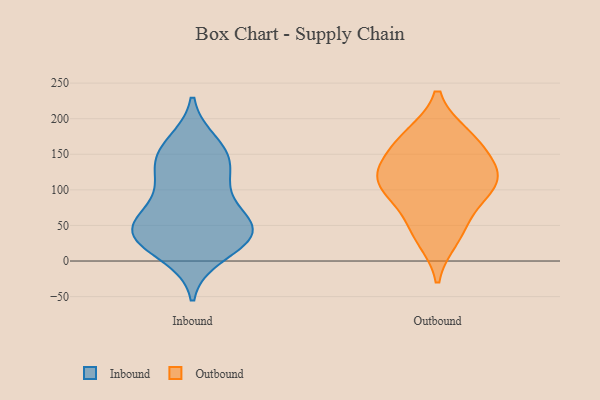
{"axis": {"x": "Demand Index", "y": "Value"}, "legend": ["Inbound", "Outbound"], "data": [{"x": "", "y": 150, "type": "Inbound"}, {"x": "", "y": 102, "type": "Inbound"}, {"x": "", "y": 46, "type": "Inbound"}, {"x": "", "y": 28, "type": "Inbound"}, {"x": "", "y": 36, "type": "Inbound"}, {"x": "", "y": 45, "type": "Inbound"}, {"x": "", "y": 101, "type": "Inbound"}, {"x": "", "y": 39, "type": "Inbound"}, {"x": "", "y": 48, "type": "Inbound"}, {"x": "", "y": 56, "type": "Inbound"}, {"x": "", "y": 10, "type": "Inbound"}, {"x": "", "y": 164, "type": "Inbound"}, {"x": "", "y": 145, "type": "Inbound"}, {"x": "", "y": 137, "type": "Inbound"}, {"x": "", "y": 123, "type": "Outbound"}, {"x": "", "y": 175, "type": "Outbound"}, {"x": "", "y": 108, "type": "Outbound"}, {"x": "", "y": 90, "type": "Outbound"}, {"x": "", "y": 50, "type": "Outbound"}, {"x": "", "y": 33, "type": "Outbound"}, {"x": "", "y": 116, "type": "Outbound"}, {"x": "", "y": 172, "type": "Outbound"}, {"x": "", "y": 114, "type": "Outbound"}, {"x": "", "y": 154, "type": "Outbound"}]}